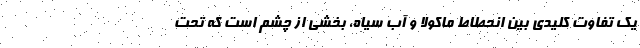
یک تفاوت کلیدی بین انحطاط ماکولا و آب سیاه، بخشی از چشم است که تحت